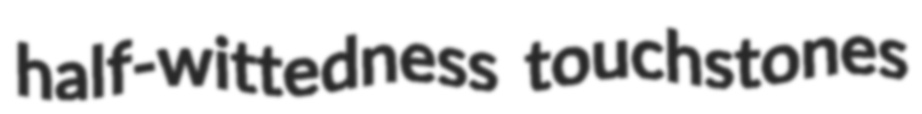
half-wittedness touchstones